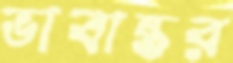
ভাবান্তর